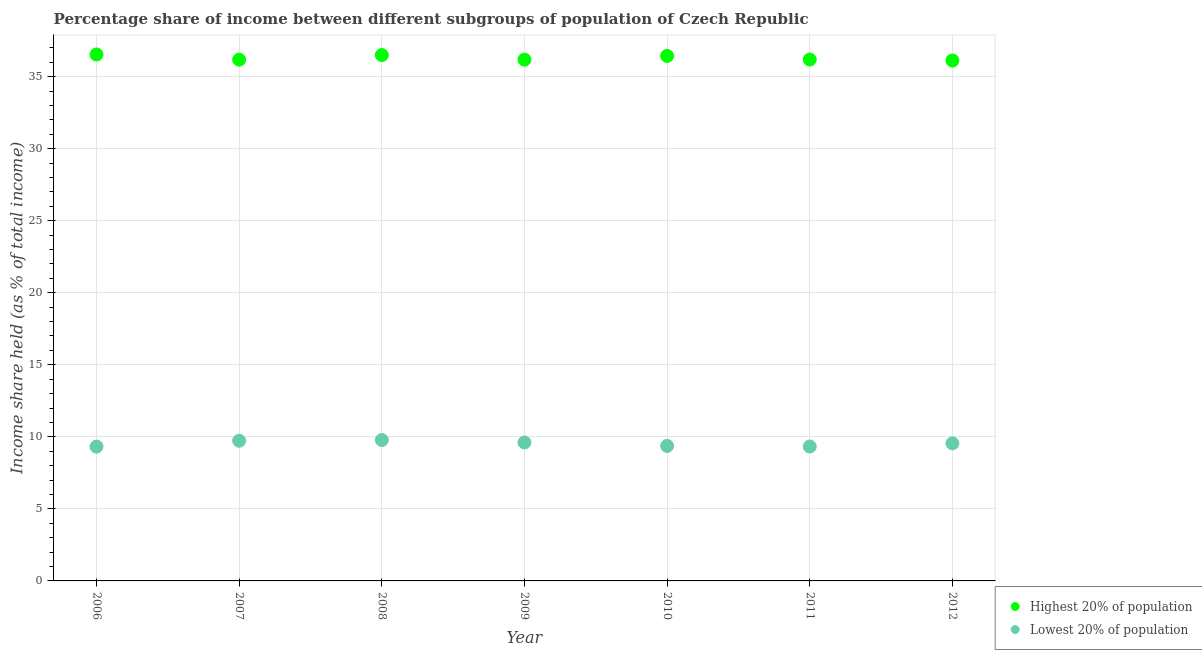
| Year | Highest 20% of population | Lowest 20% of population |
 | --- | --- | --- |
 | 2006 | 36.5 | 9.32 |
 | 2007 | 36.2 | 9.73 |
 | 2008 | 36.5 | 9.78 |
 | 2009 | 36.2 | 9.61 |
 | 2010 | 36.4 | 9.37 |
 | 2011 | 36.2 | 9.33 |
 | 2012 | 36.1 | 9.55 |